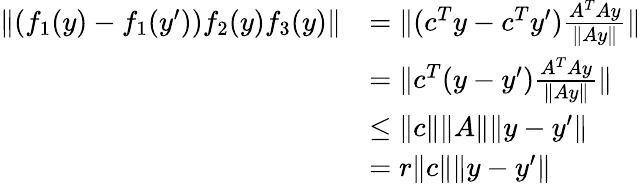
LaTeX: \begin{array}{rl}{\| (f_{1}(y)-f_{1}(y^{\prime}))f_{2}(y)f_{3}(y)\| }&{=\| (c^{T}y-c^{T}y^{\prime})\frac{A^{T}Ay}{\| Ay\| }\| }\\ &{=\| c^{T}(y-y^{\prime})\frac{A^{T}Ay}{\| Ay\| }\| }\\ &{\leq\| c\| \| A\| \| y-y^{\prime}\| }\\ &{=r\| c\| \| y-y^{\prime}\| }\end{array}